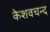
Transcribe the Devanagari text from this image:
केशवचन्द